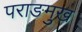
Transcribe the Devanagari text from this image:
पराङमुख